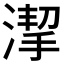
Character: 𱧯